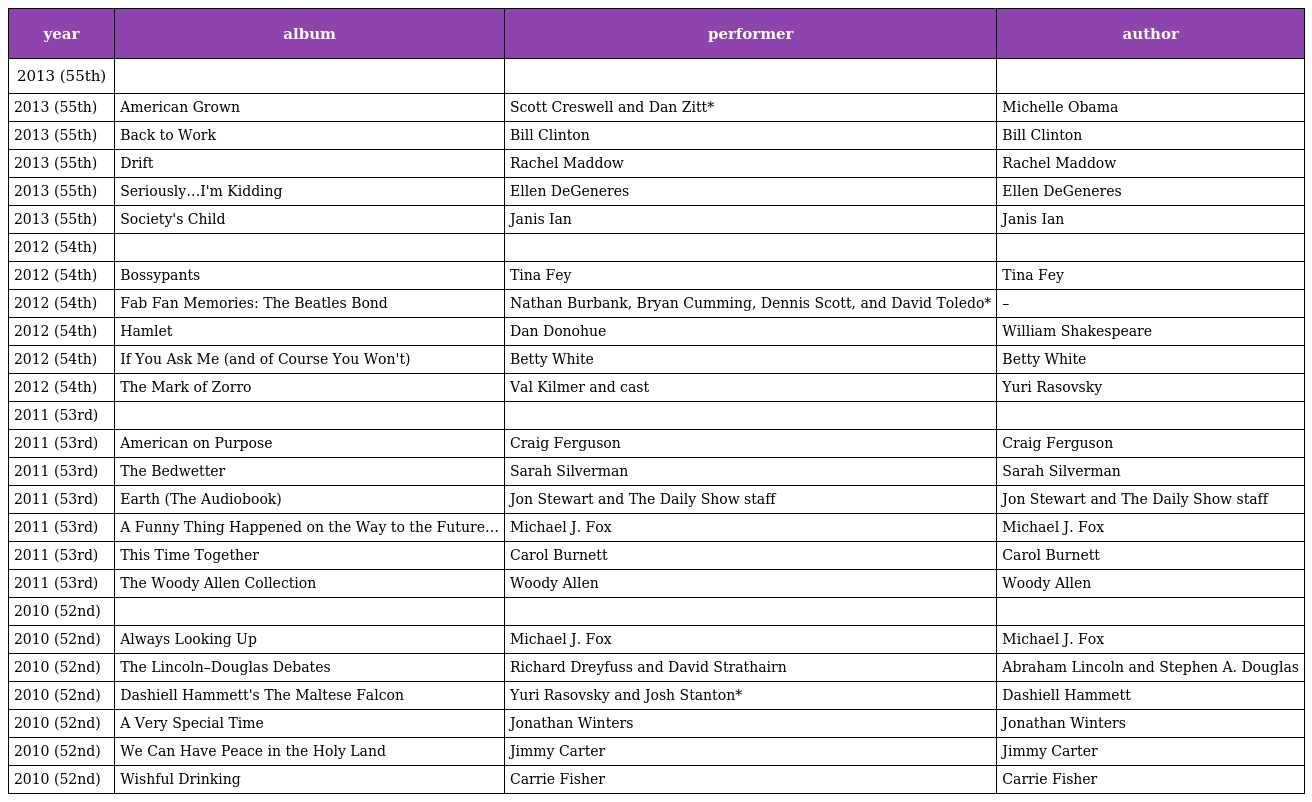
| year | album | performer | author |
 | --- | --- | --- | --- |
 | 2013 (55th) |  |  |  |
 | 2013 (55th) | American Grown | Scott Creswell and Dan Zitt* | Michelle Obama |
 | 2013 (55th) | Back to Work | Bill Clinton | Bill Clinton |
 | 2013 (55th) | Drift | Rachel Maddow | Rachel Maddow |
 | 2013 (55th) | Seriously…I'm Kidding | Ellen DeGeneres | Ellen DeGeneres |
 | 2013 (55th) | Society's Child | Janis Ian | Janis Ian |
 | 2012 (54th) |  |  |  |
 | 2012 (54th) | Bossypants | Tina Fey | Tina Fey |
 | 2012 (54th) | Fab Fan Memories: The Beatles Bond | Nathan Burbank, Bryan Cumming, Dennis Scott, and David Toledo* | – |
 | 2012 (54th) | Hamlet | Dan Donohue | William Shakespeare |
 | 2012 (54th) | If You Ask Me (and of Course You Won't) | Betty White | Betty White |
 | 2012 (54th) | The Mark of Zorro | Val Kilmer and cast | Yuri Rasovsky |
 | 2011 (53rd) |  |  |  |
 | 2011 (53rd) | American on Purpose | Craig Ferguson | Craig Ferguson |
 | 2011 (53rd) | The Bedwetter | Sarah Silverman | Sarah Silverman |
 | 2011 (53rd) | Earth (The Audiobook) | Jon Stewart and The Daily Show staff | Jon Stewart and The Daily Show staff |
 | 2011 (53rd) | A Funny Thing Happened on the Way to the Future… | Michael J. Fox | Michael J. Fox |
 | 2011 (53rd) | This Time Together | Carol Burnett | Carol Burnett |
 | 2011 (53rd) | The Woody Allen Collection | Woody Allen | Woody Allen |
 | 2010 (52nd) |  |  |  |
 | 2010 (52nd) | Always Looking Up | Michael J. Fox | Michael J. Fox |
 | 2010 (52nd) | The Lincoln–Douglas Debates | Richard Dreyfuss and David Strathairn | Abraham Lincoln and Stephen A. Douglas |
 | 2010 (52nd) | Dashiell Hammett's The Maltese Falcon | Yuri Rasovsky and Josh Stanton* | Dashiell Hammett |
 | 2010 (52nd) | A Very Special Time | Jonathan Winters | Jonathan Winters |
 | 2010 (52nd) | We Can Have Peace in the Holy Land | Jimmy Carter | Jimmy Carter |
 | 2010 (52nd) | Wishful Drinking | Carrie Fisher | Carrie Fisher |